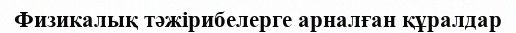
Физикалық тәжірибелерге арналған құралдар